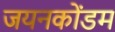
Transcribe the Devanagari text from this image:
जयनकोंडम